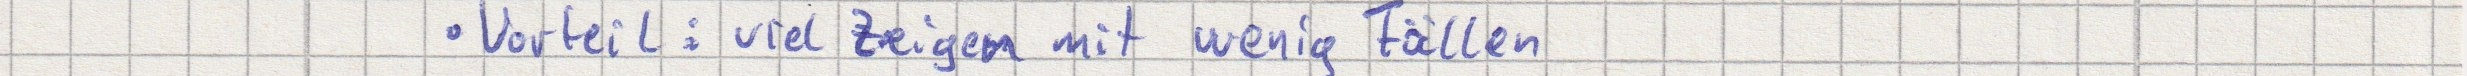
Vorteil: viel Zeigen mit wenig Fällen